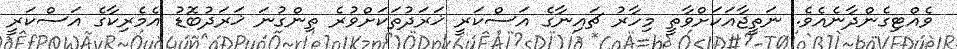
ވެއްޓިގެންދާނެއެވެ. ނަތީޖާއަކަށްވާތީ މިހާރު ޗައިނާގެ އަސްކަރީ ޚަރަދުތަކަށްވުރެ ތިންގުނަ ޚަރަދުބޮޑު އެމެރިކާގެ އަސްކަރީ